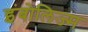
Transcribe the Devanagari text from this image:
इंबोलिज्म